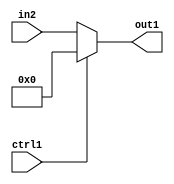
`timescale 1ps / 1ps
/*****************************************************************************
    Verilog RTL Description
    
    
    Created by: Stratus DpOpt 2019.1.01 
*******************************************************************************/

module GauFilter_N_Mux_8_2_0_1 (
	in2,
	ctrl1,
	out1
	); /* architecture "behavioural" */ 
input [7:0] in2;
input  ctrl1;
output [7:0] out1;
wire [7:0] asc001;

reg [7:0] asc001_tmp_0;
assign asc001 = asc001_tmp_0;
always @ (ctrl1 or in2) begin
	case (ctrl1)
		1'B1 : asc001_tmp_0 = 8'B00000000 ;
		default : asc001_tmp_0 = in2 ;
	endcase
end

assign out1 = asc001;
endmodule

/* CADENCE  uLTxTAk= : u9/ySgnWtBlWxVPRXgAZ4Og= ** DO NOT EDIT THIS LINE ******/